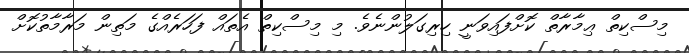
މިސްކިތް ޢިމާރާތް ކޮށްފައިވަނީ ހިރިގަލުންނެވެ. މި މިސްކިތް އެތައް ފަހަރެއްގެ މަތިން މަރާމާތުކޮށް